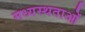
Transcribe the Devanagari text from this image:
मध्‍यस्‍थताओं